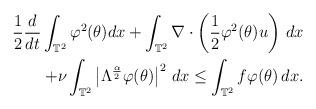
LaTeX: \begin{align*}\frac{1}{2}\frac{d}{dt}\int_{\mathbb T^2}\varphi^2(\theta)dx+\int_{\mathbb T^2}\nabla\cdot\left(\frac{1}{2}\varphi^2(\theta)u\right)\,dx\\+\nu\int_{\mathbb T^2}\left|\Lambda^{\frac{\alpha}{2}}\varphi(\theta)\right|^2\,dx\leq\int_{\mathbb T^2}f\varphi(\theta)\,dx.\end{align*}